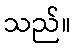
သည်။